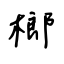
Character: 榔